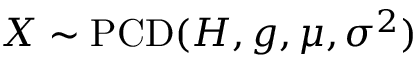
X \sim \operatorname { P C D } ( H , g , \mu , \sigma ^ { 2 } )